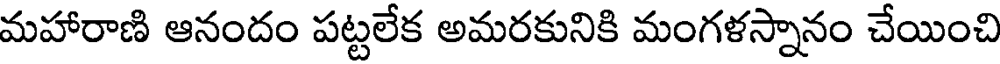
మహారాణి ఆనందం పట్టలేక అమరకునికి మంగళస్నానం చేయించి